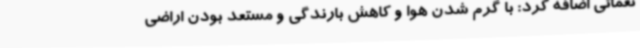
نعمائی اضافه کرد: با گرم شدن هوا و کاهش بارندگی و مستعد بودن اراضی